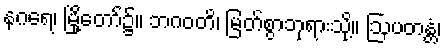
နဂရေ၊ မြို့တော်၌။ ဘဂဝတိ၊ မြတ်စွာဘုရားသို့။ ဩပတန္တံ၊